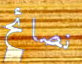
نصائح